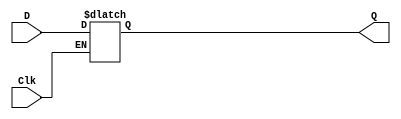
module latch_D_b (
    input Clk,D, 
    output reg Q);
    
    always @ (D, Clk)
        if (Clk)
            Q = D;
endmodule